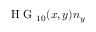
\mathrm { ~ H ~ G ~ } _ { 1 0 } ( x , y ) \boldsymbol { n } _ { y }